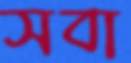
সবা